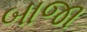
બાજા